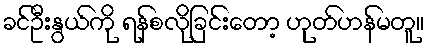
ခင်ဦးနွယ်ကို ရန်စလိုခြင်းတော့ ဟုတ်ဟန်မတူ။